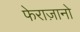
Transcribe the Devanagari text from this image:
फेराज़ानो